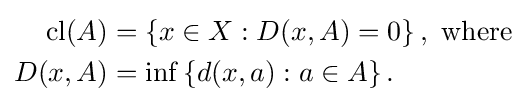
{\begin{aligned}{\mbox{cl}}(A)&=\left\{x\in X:D(x,A)=0\right\},\ {\mbox{where}}\\D(x,A)&=\inf \left\{d(x,a):a\in A\right\}.\end{aligned}}